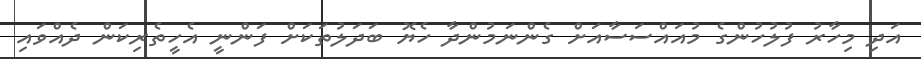
އަދި މިހާރު ފުލުހުންގެ މުއައްސަސާއަށް ގެންނަމުންދާ ހެޔޮ ބަދަލުތަކަށް ފަންނީ އެހީތެރިކަން ދެއްވައި